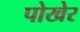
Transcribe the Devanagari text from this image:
पोखेर